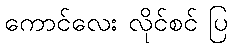
ကောင်လေး လိုင်စင် ပြ